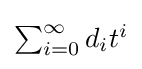
{\textstyle \sum _{i=0}^{\infty }d_{i}t^{i}}